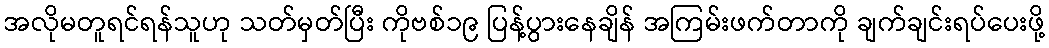
အလိုမတူရင်ရန်သူဟု သတ်မှတ်ပြီး ကိုဗစ်၁၉ ပြန့်ပွားနေချိန် အကြမ်းဖက်တာကို ချက်ချင်းရပ်ပေးဖို့